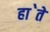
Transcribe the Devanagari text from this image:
हा॓ते